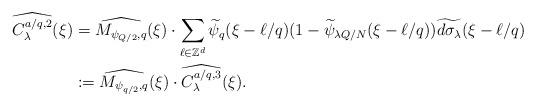
LaTeX: \begin{align*} \widehat {C ^{a/q,2} _{\lambda } } (\xi ) &= \widehat { M _{\psi _{Q/2}, q} } (\xi ) \cdot \sum_{\ell \in \mathbb Z ^{ d}} \widetilde\psi _{q} (\xi - \ell /q) (1- \widetilde\psi _{\lambda Q/N} (\xi - \ell /q) )\widetilde{d \sigma _{\lambda }} (\xi - \ell /q) \\&:= \widehat { M _{\psi _{q/2}, q}} (\xi ) \cdot \widehat {C ^{a/q,3} _{\lambda }} (\xi ). \end{align*}